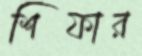
শিফার